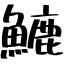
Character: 𩺮